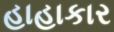
હાહાકાર